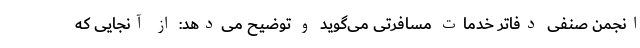
انجمن صنفی دفاتر خدمات مسافرتی می‌گوید و توضیح می‌دهد: از آنجایی که